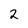
Character: 2